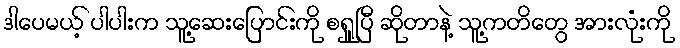
ဒါပေမယ့် ပါပါးက သူ့ဆေးပြောင်းကို စရှူပြီ ဆိုတာနဲ့ သူ့ကတိတွေ အားလုံးကို